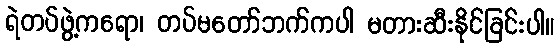
ရဲတပ်ဖွဲ့ကရော၊ တပ်မတော်ဘက်ကပါ မတားဆီးနိုင်ခြင်းပါ။